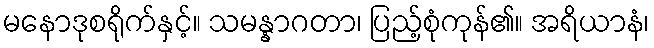
မနောဒုစရိုက်နှင့်။ သမန္နာဂတာ၊ ပြည့်စုံကုန်၏။ အရိယာနံ၊